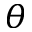
\theta